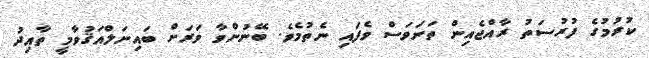
ކުރުމުގެ ފުރުސަތު ރާއްޖެއިން ތަނަވަސް ވެފައި ނެތުމެވެ. ބޭނުންވާ ވަރަށް ބައިނަލްއަޤުވާމީ ތާއިދު